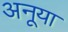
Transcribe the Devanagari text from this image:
अनूया